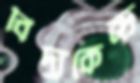
বিদ্যুকেন্দ্র